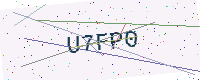
Text: U7FP0